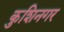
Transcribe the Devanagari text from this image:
कुशिनगर